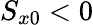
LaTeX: S_{x0}<0